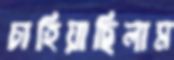
চাহিয়াছিলাম